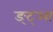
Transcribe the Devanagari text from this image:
ङ्ट्आ